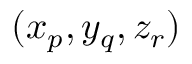
( x _ { p } , y _ { q } , z _ { r } )